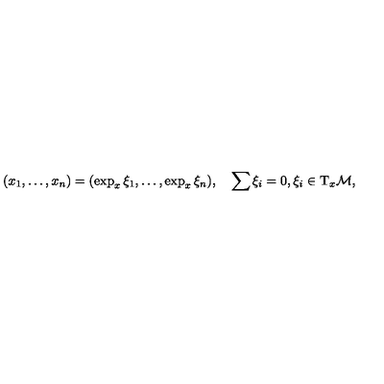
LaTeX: ( x _ { 1 } , \dots , x _ { n } ) = ( \exp _ { x } \xi _ { 1 } , \dots , \exp _ { x } \xi _ { n } ) , \quad \sum \xi _ { i } = 0 , \xi _ { i } \in \mathrm { T } _ { x } { \cal M } ,